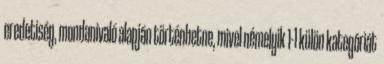
eredetiség, mondanivaló alapján történhetne, mivel némelyik 1-1 külön kategóriát